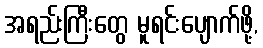
အရည်းကြီးတွေ မူရင်းပျောက်ဖို့,